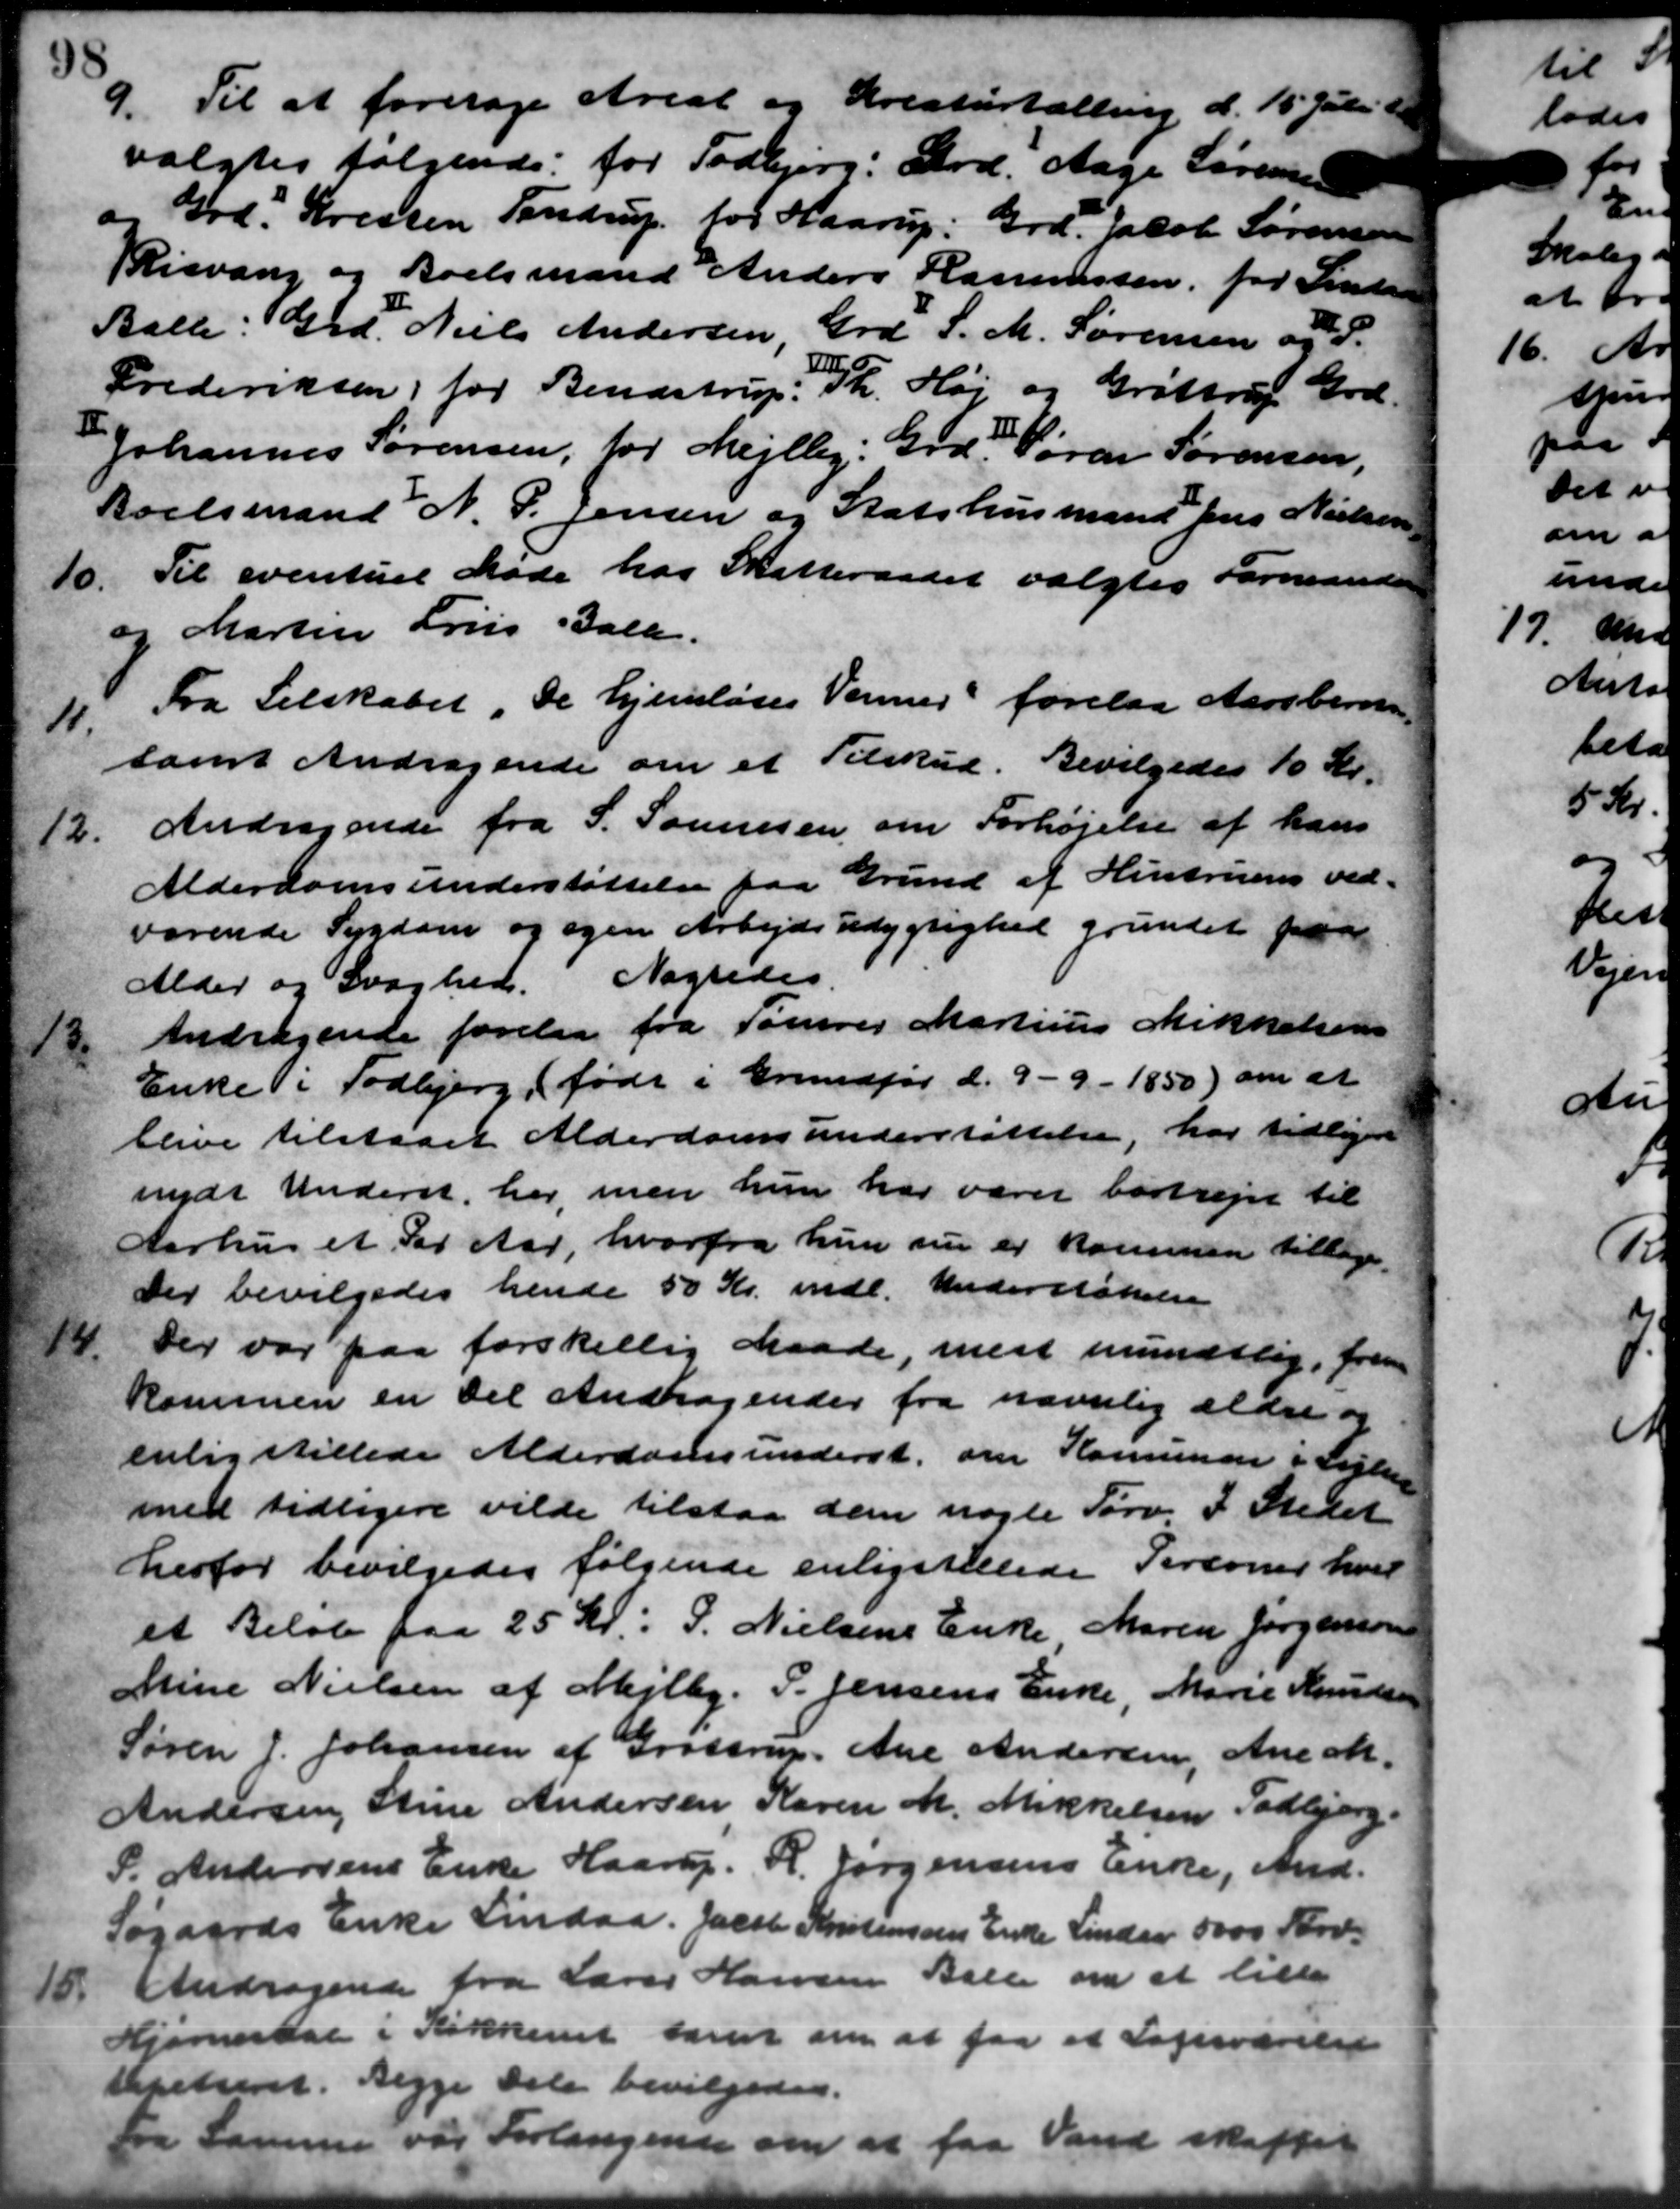
Transskription:
9.
Til at foretage Areal og Kreaturtælling
valgtes følgende: for Todbjerg: Grd. Aage Sørensen
Grd. Kresten Tandrup for Haarup: Grd. Jacob Sørensen
Risvang og Boelsmand Anders Rasmussen for Side
Balle: Grd. Niels Andersen, Grd. S. M. Sørensen og S.
Frederiksen for Bendstrup: Th. Høj og Grøttrup Grd.
Johannes Sørensen, for Mejlby: Grd. Søren Sørensen,
Boelsmand N. P. Jensen og Statshusmand Jens Nielsen
10. Til eventuel Møde hos Skatteraadet valgtes Formand
10. Til eventuel Møde hos Skatteraadet valgtes Formand
og Martin Friis Gall.
11.
Fra Selskabet. De hjemløses Venner forelaa Aarsberne
samt Andragende om et Tilskud. Bevilgedes 10 Kr.
12.
Andragende fra S. Sørensen om Forhøjelse af hans
Alderdomsunderstøttelse paa Grund af Hustruens ved-
værende Sygdom og egen Arbejdsudygtighed grundet pa
Alder og Svaghed. Nægtedes.
13.
Andragende forelaa fra Tømrer Martinus Mikkelsen
Enke i Todbjerg (født i Grundfør d. 9 - 9 - 1850) om at
blive tilstaaet Alderdomsunderstøttelse, har tidlige
nydt Underst, her, men hun har været bortrejse til
Aarhus et for Aar, hvorfra hun sin er kommen tillage.
Der bevilgedes hende 50 Kr. mdl. Understøttelse
14.
Der var paa forskellig Maade, mest mundtlig, form
kommen en Del Andragender fra nævnlig ældre og
enlig stillede Alderdomsunderst om Kommunen i Listen
med tidligere vilde tilstaa dem nogle Tørv I Stedet
herfor bevilgedes følgende enligstillede Personer hver
et Beløb paa 25 Kr. P. Nielsens Enke Maren Jørgensen
Mine Nielsen af Mejlby. P. Jensens Enke, Marie Knudsen
Søren J. Johansen af Grøttrup, Ane Andersen, Ane M.
Andersen Stine Andersen Karen M. Mikkelsen Todbjerg.
P. Andersens Enke Haarup. H. Jørgensens Enke, And.
Søgaards Enke Lindaa. Jacob Kristensens Enke Lindaa 5000 Tørv.
15.
Andragende fra Lærer Hansen Balle om at lille
Hjømertal i Køkkenet harter om at faa et Legeværelse
lpteret. Begge dele bevilgedes.
Fra Samme var Forlangende om at faa Vand skaffet